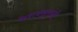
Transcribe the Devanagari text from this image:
केशवसूतांनी